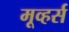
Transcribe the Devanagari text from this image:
मूव्हर्स